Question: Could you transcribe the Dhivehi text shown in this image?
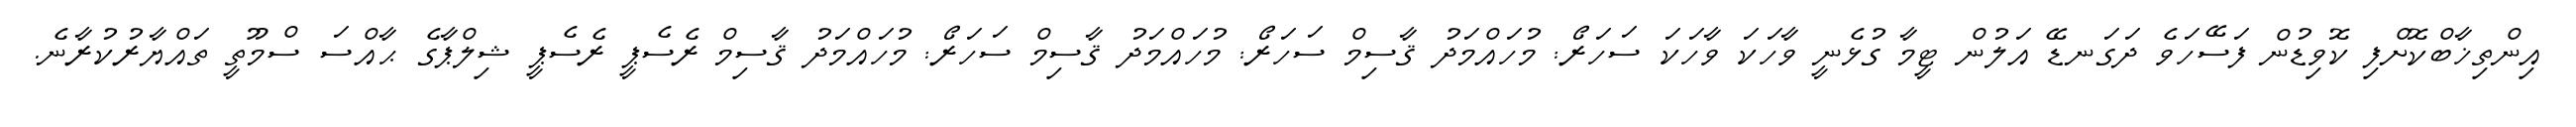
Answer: އިންތިޚާބްކޮށްފި ކޮވިޑުން ފަސޭހަވެ ދަގަނޑޭ އަލުން ޓީމާ ގުޅެނީ ވާހަކަ ވާހަކަ ސަހަރޯ: މުހައްމަދު ޤާސިމް ސަހަރޯ: މުހައްމަދު ޤާސިމް ސަހަރޯ: މުހައްމަދު ޤާސިމް ރެސެޕީ ރެސެޕީ ޝިލްޕާގެ ޙާއްސަ ސްމޫތީ ތައްޔާރުކުރާނެ.